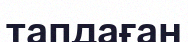
тапдаған